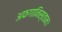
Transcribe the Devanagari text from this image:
अफगानिस्तान।